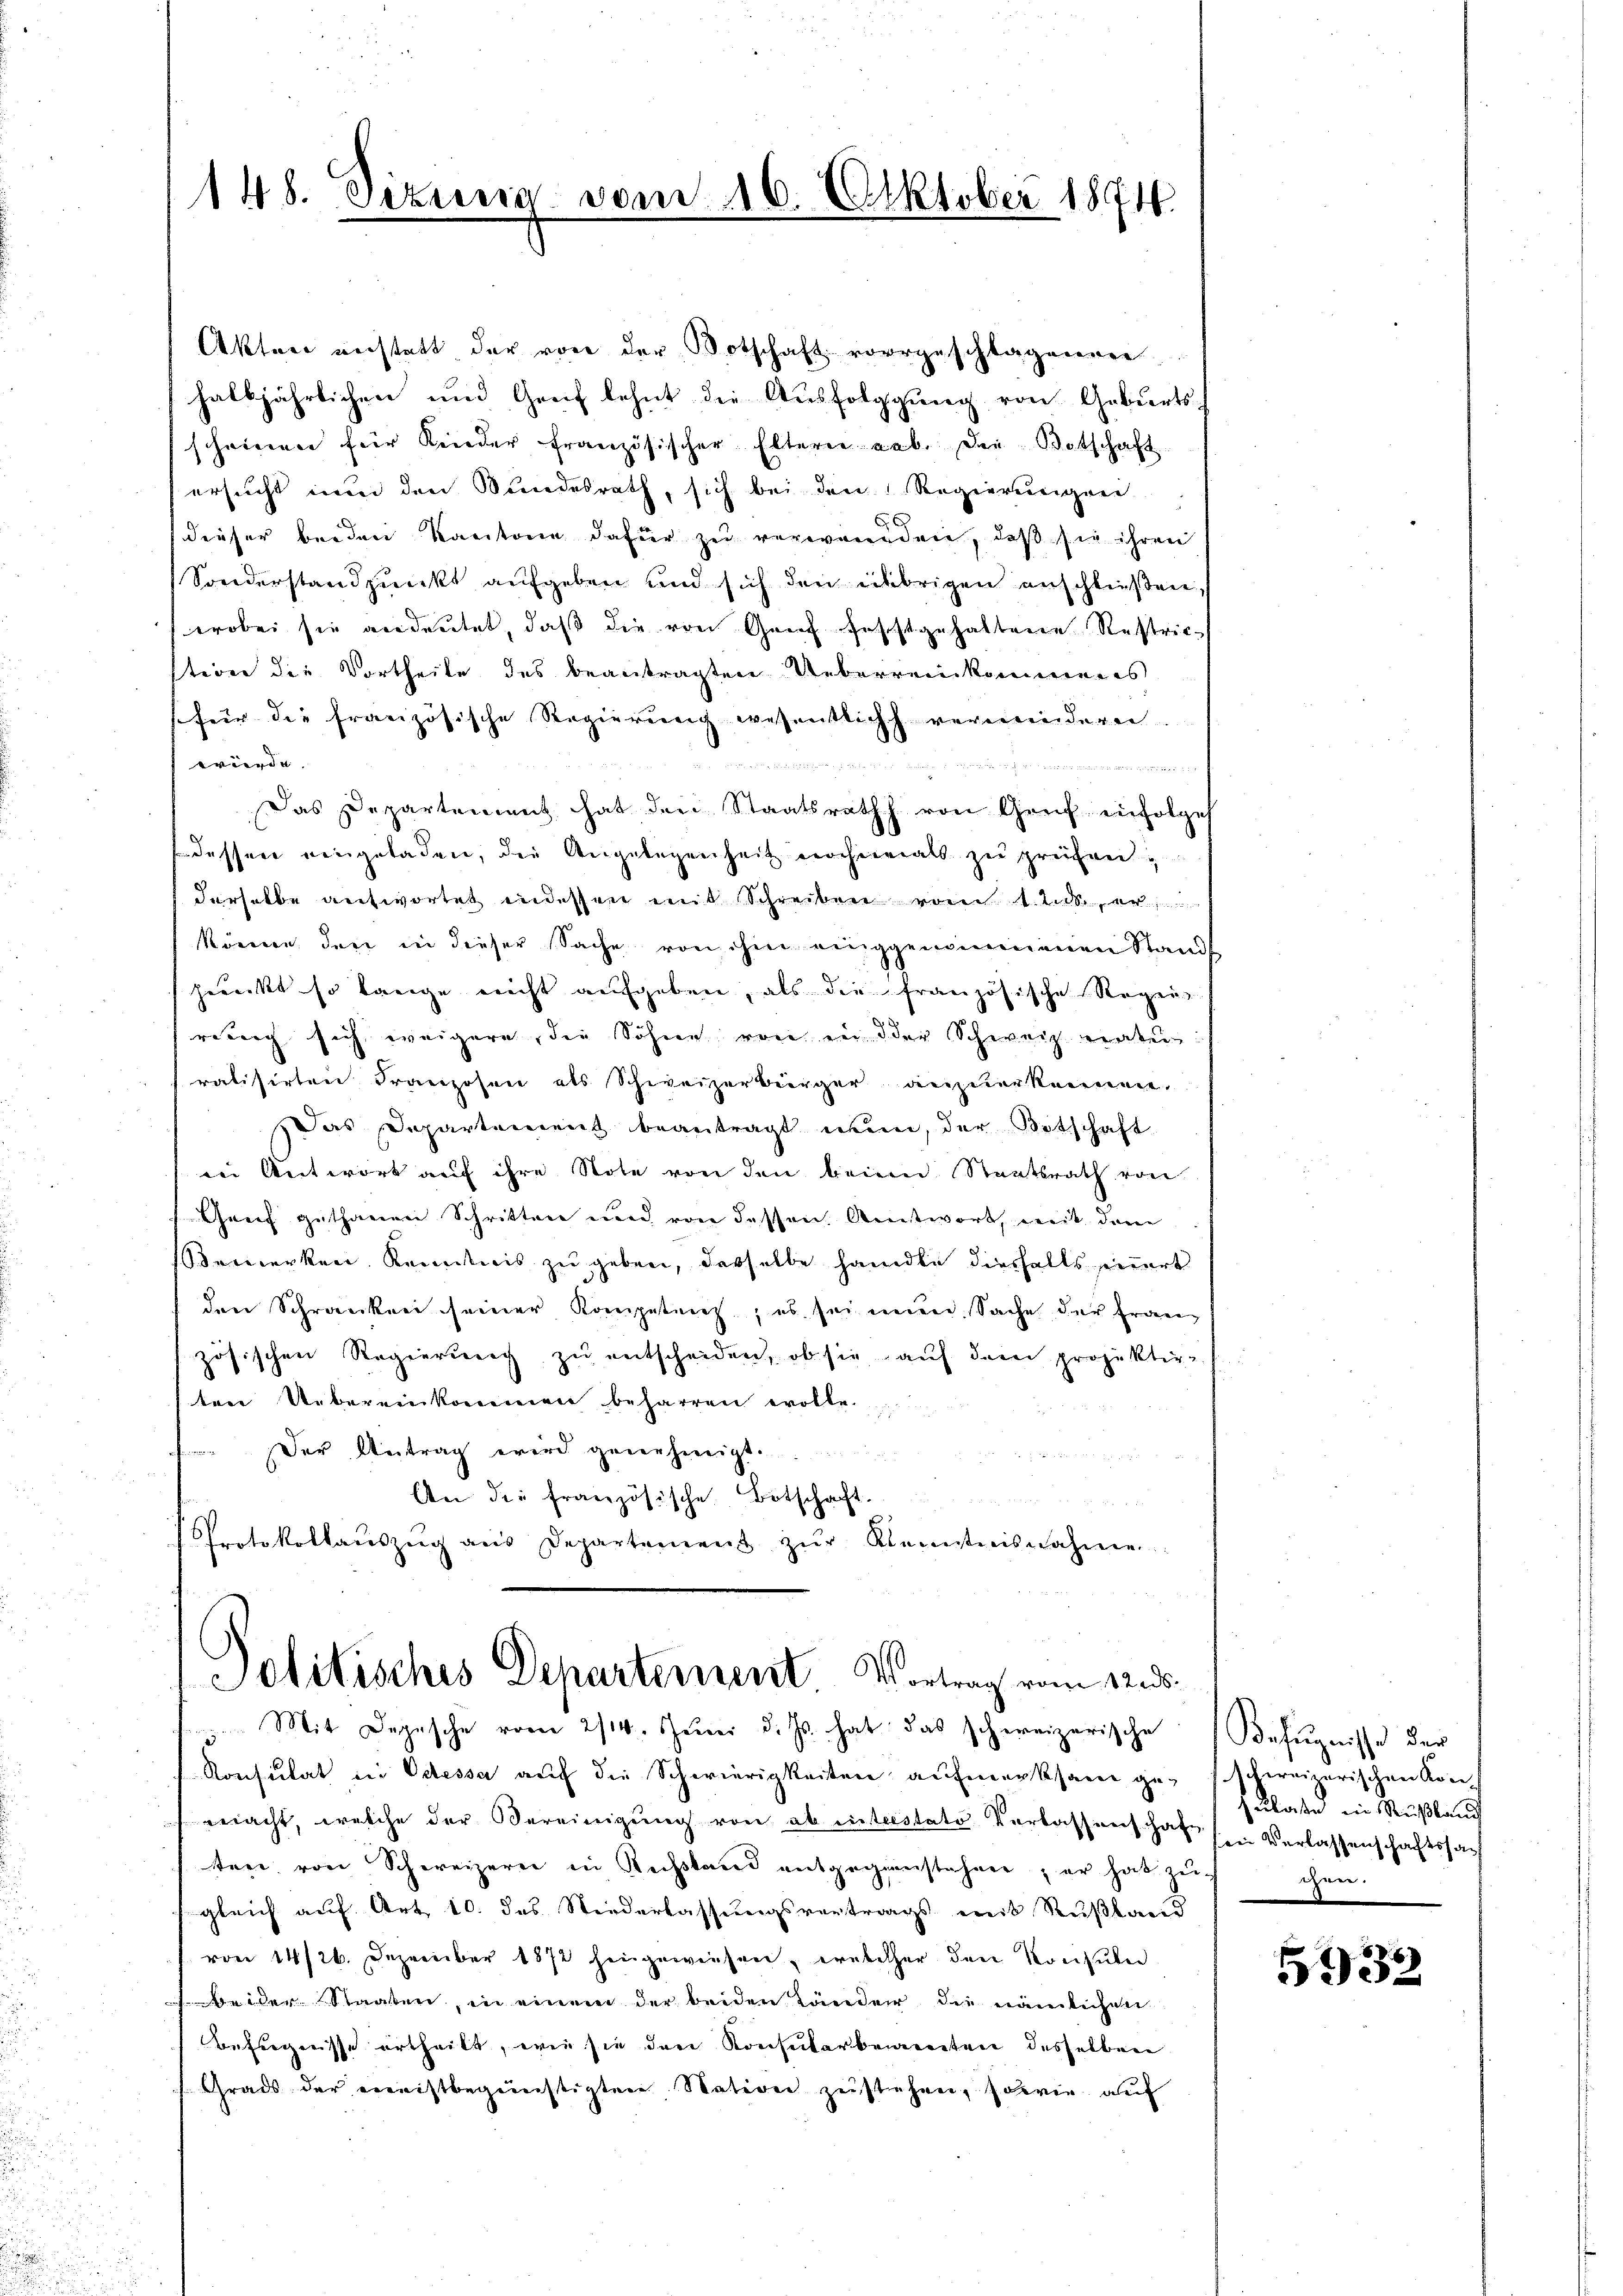
148. Sizun

Aktore verstatt der von der Botschaft vorgeschlagenen
halbjährlichen und Genf lehnt die Ausfolggung von Geburts
scheinen für Kinder französischer Elterne geb. Die Botschaft
ersucht nun den Bundesrath, sich bei den Regierungen.
dieser beiden Kantone dafür zu verwenden, daß sie ihren
Sonderstandpunkt aufgeben und sich den übrigen anschließen,
erobei sie andeutet, daβ die von Genf festgehaltene Restricstion die Vortheile des beantragten Ueberreinkommenes
für die französische Regierung wesentlich verminderen.
würde.

Das Departement hat den Staatsrath von Grufenfolge
dessen eingeladen, die Angelegenheit nochmals zu prüfen.
derselbe antwortet indessen mit Schreiben vom 1. Aus er
könne den in dieser Sache von ihm einggenommenen Stands
gereckt so lange nicht aufgeben, als die französische Regen
rauch sich weigere, die Söhne von in der Schweiz verkei
ratisirten Franzosen als Schweizerbürger anzuerkennen.
Das Departement beantragt nun, der Botschaft
in Antwort auf ihre Note von den beim Staatsrath von
Greif gethanen Schritten und von dessen Antwort, weit dem
Bemerkene Kenntnis zu geben, desselbe handle diesfalls innert
den Schrankrei seiner Kompetenz; es sei mein Sache der Französischen Regierung zu entscheiden, ob sie auf dem projektirt.
1ten Uebereinkommen beharren wolle.
Der Antrag wird genehmigt.
u
An die französische Botschaft.
e
Protokollaŭszŭg ans Departement zŭr Kenntnisnahme

vom 16. Oktober 1874.

Politisches Departement Vortrag vom 12. ds.

Mit Depesche vom 2/14. Juni d. Js. hat das schweizerische
Konsulat in Odessa auf die Schwierigkeiten aufmerksam geschweizerischen Kon-
macht, welche der Vereinigung von ab intestato Verlassenschaft in Verlassenschaftssach
tere von Schweizere in Rechstand entgegenstehen, er hat zu
gleich auf Art. 10. des Niederlassungsvertrags mit Rußland
von 14/26. Dezember 1872 hingewiesen, erbether den Konsulen
Beider Staaten, in einem der beiden Länder die nämlichen
Befugnisse ertheilt, wie sie den Konsularbereiten desselben
Grads der einistbegünstigten Station zustehen, sowie auf

Befugnisse der
Zulaße in Rußland
chen.

5932